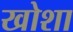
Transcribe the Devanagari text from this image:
खोशा